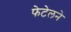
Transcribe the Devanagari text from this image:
फेटेलने